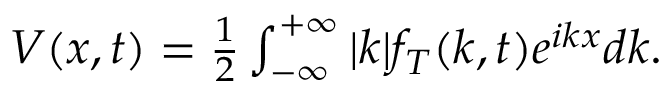
\begin{array} { r } { V ( x , t ) = \frac { 1 } { 2 } \int _ { - \infty } ^ { + \infty } | k | f _ { T } ( k , t ) e ^ { i k x } d k . } \end{array}